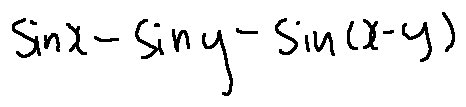
\sin x - \sin y - \sin ( x - y )